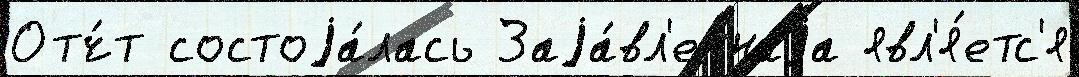
Отч́т состоjа́лась Заjа́вл'еннаjа явл'я́етс'я